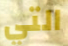
التي